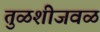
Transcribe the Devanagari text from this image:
तुळशीजवळ